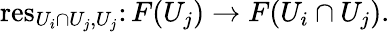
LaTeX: \operatorname{res}_{U_{i}\cap U_{j},U_{j}}\colon F(U_{j})\rightarrow F(U_{i}\cap U_{j}).